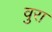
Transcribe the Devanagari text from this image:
वुरा